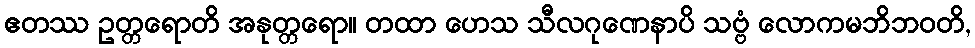
ဧတဿ ဥတ္တရောတိ အနုတ္တရော။ တထာ ဟေသ သီလဂုဏေနာပိ သဗ္ဗံ လောကမဘိဘဝတိ,